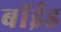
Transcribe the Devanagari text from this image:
बॉईड